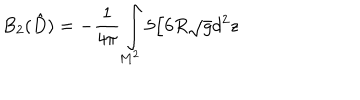
B _ { 2 } ( \hat { D } ) = - { \frac { 1 } { 4 \pi } } \int _ { M ^ { 2 } } ^ { } 5 / 6 R \sqrt { g } d ^ { 2 } z